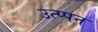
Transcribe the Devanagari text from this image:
उत्प्पन